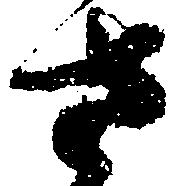
さ